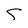
Character: S